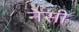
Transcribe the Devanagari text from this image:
नेसी